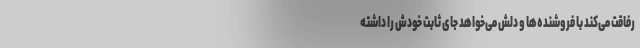
رفاقت می‌کند با فروشنده‌ها و دلش می‌خواهد جای ثابت خودش را داشته